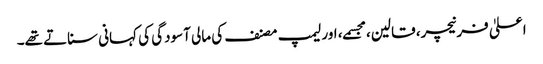
اعلیٰ فرنیچر، قالین، مجسمے، اور لیمپ مصنف کی مالی آسودگی کی کہانی سناتے تھے۔